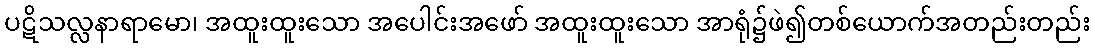
ပဋိသလ္လနာရာမော၊ အထူးထူးသော အပေါင်းအဖော် အထူးထူးသော အာရုံ၌ဖဲ၍တစ်ယောက်အတည်းတည်း